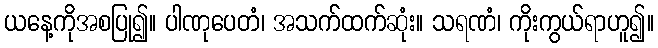
ယနေ့ကိုအစပြု၍။ ပါဏုပေတံ၊ အသက်ထက်ဆုံး။ သရဏံ၊ ကိုးကွယ်ရာဟူ၍။